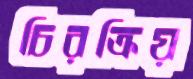
চিরক্রিয়